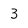
Character: 3